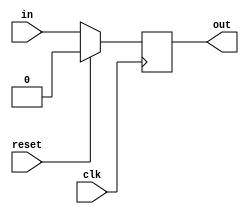
//D Flip Flop
module DFlipFlop(clk, in, out, reset);
parameter n=1;
input clk, reset;
input [n-1:0] in;
output reg [n-1:0] out;
wire [n-1:0] outToUpdate;

assign outToUpdate = reset? 0: in;

//Update on rising edge
always @(posedge clk)
	out = outToUpdate;
endmodule

//D Flip Flop with Enable
module DFlipFlopEnable(clk, in, out, reset, enable);
parameter n = 1;
input clk, enable, reset;
input [n-1:0] in;
output reg [n-1:0] out;
wire [n-1:0] outToUpdate;

//If reset, set to 0, otherwise if enable is on, then set it as
assign outToUpdate = reset? 0:(enable? in: out);

//Update on rising edge
always @(posedge clk) 
	out = outToUpdate;
endmodule